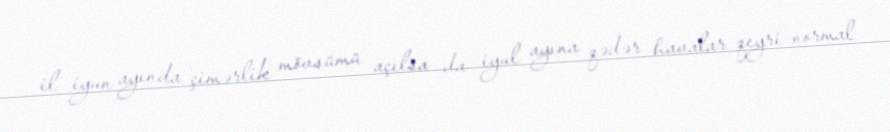
il iyun ayında çimərlik mövsümü açılsa da iyul ayına qədər havalar qeyri-normal